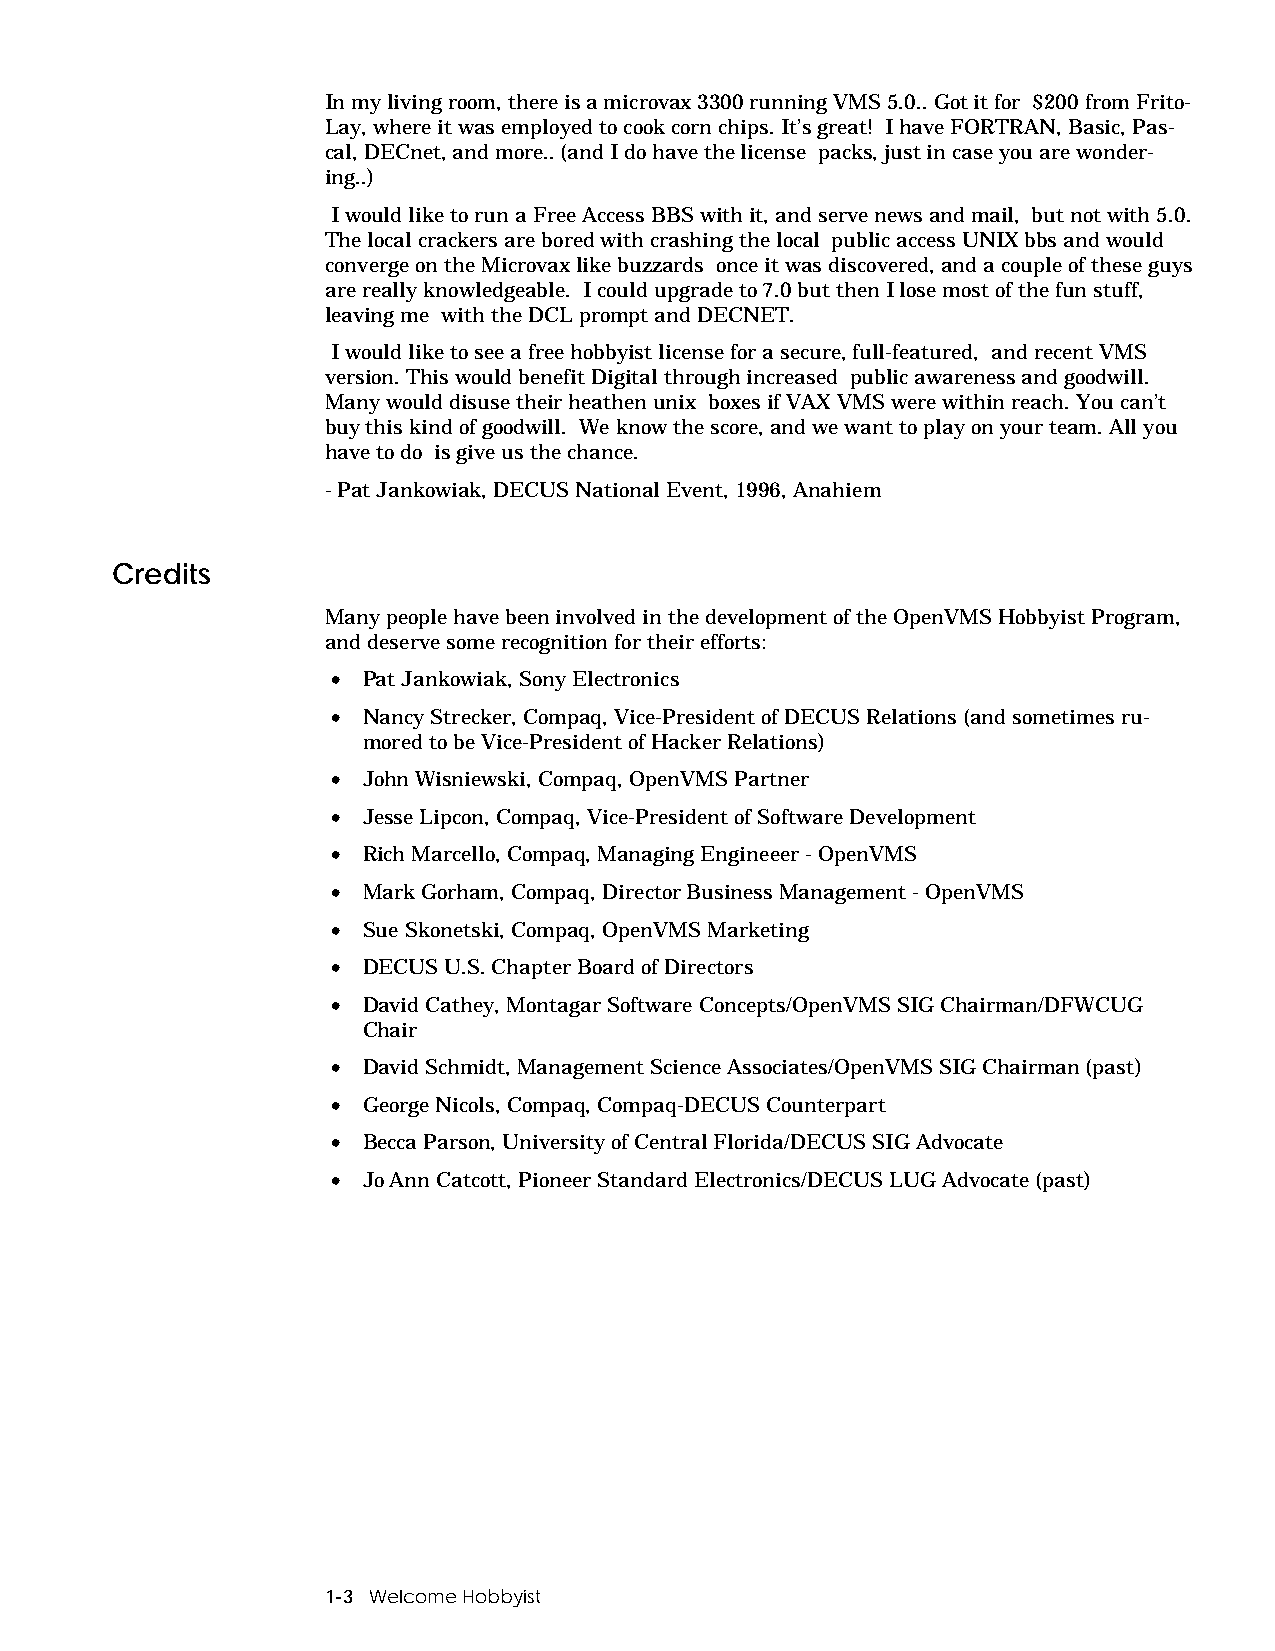
In my living room, there is a microvax 3300 running VMS 5.0.. Got it for $200 from Frito-
 Lay, where it was employed to cook corn chips. It’s great! I have FORTRAN, Basic, Pas-
 cal, DECnet, and more.. (and I do have the license packs, just in case you are wonder-
 ing..)
 I would like to run a Free Access BBS with it, and serve news and mail, but not with 5.0.
 The local crackers are bored with crashing the local public access UNIX bbs and would
 converge on the Microvax like buzzards once it was discovered, and a couple of these guys
 are really knowledgeable. I could upgrade to 7.0 but then I lose most of the fun stuff,
 leaving me with the DCL prompt and DECNET.
 I would like to see a free hobbyist license for a secure, full-featured, and recent VMS
 version. This would benefit Digital through increased public awareness and goodwill.
 Many would disuse their heathen unix boxes if VAX VMS were within reach. You can’t
 buy this kind of goodwill. We know the score, and we want to play on your team. All you
 have to do is give us the chance.
 - Pat Jankowiak, DECUS National Event, 1996, Anahiem
 Credits
 Many people have been involved in the development of the OpenVMS Hobbyist Program,
 and deserve some recognition for their efforts:
 • Pat Jankowiak, Sony Electronics
 • Nancy Strecker, Compaq, Vice-President of DECUS Relations (and sometimes ru-
 mored to be Vice-President of Hacker Relations)
 • John Wisniewski, Compaq, OpenVMS Partner
 • Jesse Lipcon, Compaq, Vice-President of Software Development
 • Rich Marcello, Compaq, Managing Engineeer - OpenVMS
 • Mark Gorham, Compaq, Director Business Management - OpenVMS
 • Sue Skonetski, Compaq, OpenVMS Marketing
 • DECUS U.S. Chapter Board of Directors
 • David Cathey, Montagar Software Concepts/OpenVMS SIG Chairman/DFWCUG
 Chair
 • David Schmidt, Management Science Associates/OpenVMS SIG Chairman (past)
 • George Nicols, Compaq, Compaq-DECUS Counterpart
 • Becca Parson, University of Central Florida/DECUS SIG Advocate
 • Jo Ann Catcott, Pioneer Standard Electronics/DECUS LUG Advocate (past)
 1-3 Welcome Hobbyist